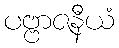
ပဗ္ဗာဇနီယံ